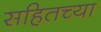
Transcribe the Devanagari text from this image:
सहितच्या